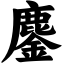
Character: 鏖